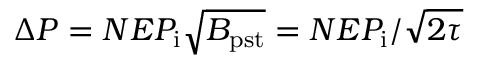
\Delta P = N E P _ { \mathrm { i } } \sqrt { B _ { \mathrm { p s t } } } = N E P _ { \mathrm { i } } / \sqrt { 2 \tau }